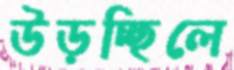
উড়চ্ছিলে